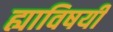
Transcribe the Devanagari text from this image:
ह्याविषयीं